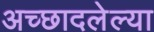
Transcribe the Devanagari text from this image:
अच्छादलेल्या